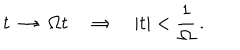
LaTeX: t \ \rightarrow \ \Omega t \quad \Rightarrow \quad | t | < \frac { 1 } { \Omega } \, .